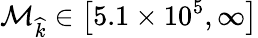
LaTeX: \mathcal{M}_{\widehat{k}}\in\left[5.1\times 10^{5},\infty\right]